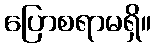
ပြောစရာမရှိ။